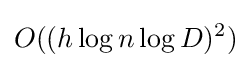
O((h\log n\log D)^{2})